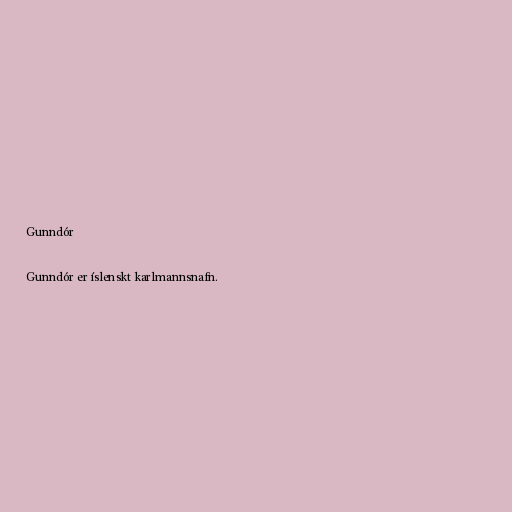
Gunndór

Gunndór er íslenskt karlmannsnafn.